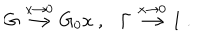
LaTeX: G \stackrel { x \rightarrow 0 } { \longrightarrow } G _ { 0 } x \ , \ \ \ \Gamma \stackrel { x \rightarrow 0 } { \longrightarrow } 1 \ .